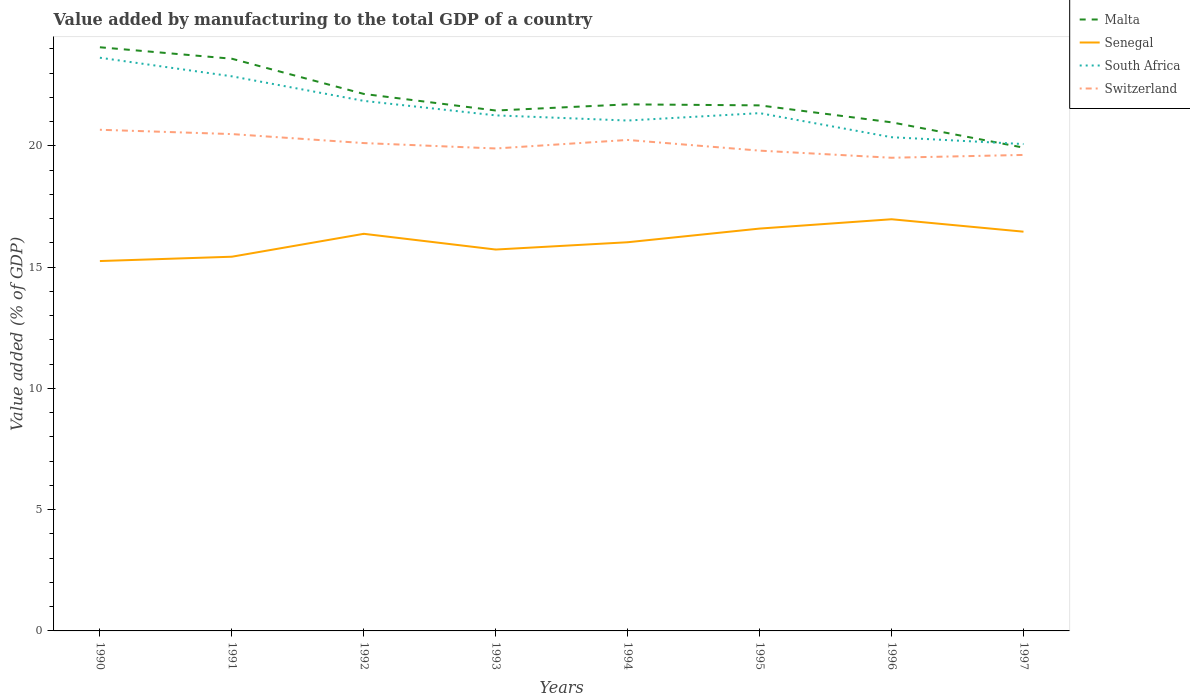
| Years | Malta | Senegal | South Africa | Switzerland |
 | --- | --- | --- | --- | --- |
 | 1990 | 24.1 | 15.3 | 23.6 | 20.7 |
 | 1991 | 23.6 | 15.4 | 22.9 | 20.5 |
 | 1992 | 22.1 | 16.4 | 21.9 | 20.1 |
 | 1993 | 21.5 | 15.7 | 21.3 | 19.9 |
 | 1994 | 21.7 | 16 | 21 | 20.2 |
 | 1995 | 21.7 | 16.6 | 21.4 | 19.8 |
 | 1996 | 21 | 17 | 20.4 | 19.5 |
 | 1997 | 19.9 | 16.5 | 20.1 | 19.6 |